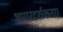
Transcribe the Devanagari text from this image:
अपारदर्शकता।